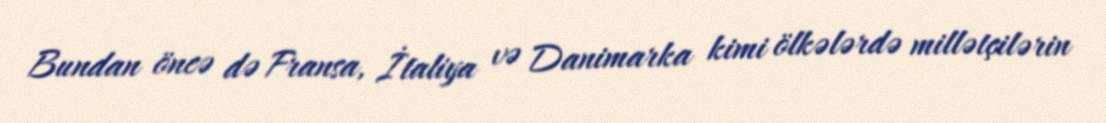
Bundan öncə də Fransa, İtaliya və Danimarka kimi ölkələrdə millətçilərin